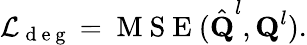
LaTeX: \mathcal{L}_{\mathrm{~d~e~g~}}=\mathrm{~M~S~E~}(\hat{\textbf{Q}}^{l},\textbf{Q}^{l}).